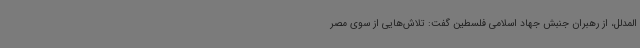
المدلل، از رهبران جنبش جهاد اسلامی فلسطین گفت: تلاش‌هایی از سوی مصر